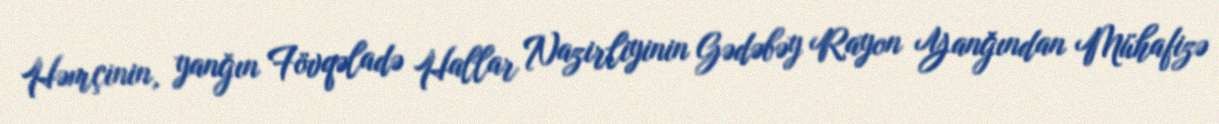
Həmçinin, yanğın Fövqəladə Hallar Nazirliyinin Gədəbəy Rayon Yanğından Mühafizə